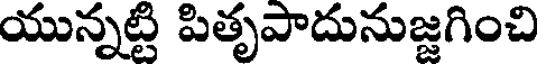
యున్నట్టి పితృపాదునుజ్జగించి